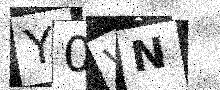
Text: Y0VN